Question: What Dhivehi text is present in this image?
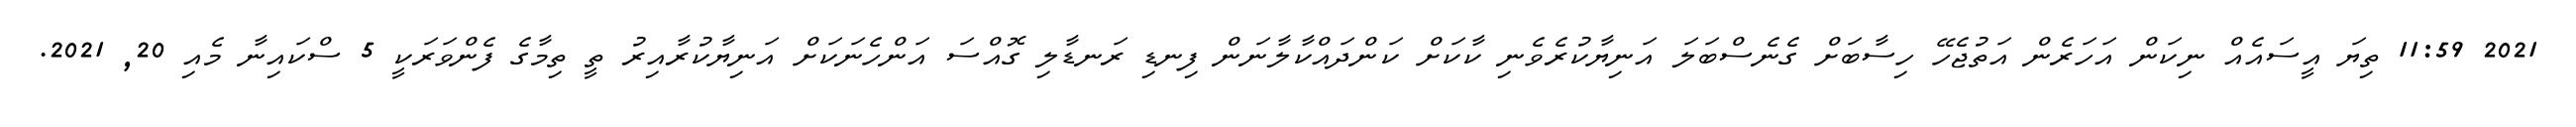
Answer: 2021 11:59 ތިޔަ އީސައެއް ނިކަން އަހަރެން އަތުޖެހޭ ހިސާބަށް ގެނެސްބަލަ އަނިޔާކުރެވެނި ކާކަށް ކަންދައްކާލާނަން ފިނޑި ރަނޑާލި ގޮއްސަ އަންހެނަކަށް އަނިޔާކުރާއިރު ތީ ތިމާގެ ފެންވަރަކީ 5 ސްކައިނާ މެއި 20, 2021.